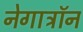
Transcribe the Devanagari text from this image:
नेगाट्रॉन